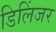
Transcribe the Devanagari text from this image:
डिलिंजर